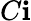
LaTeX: C\mathbf{i}